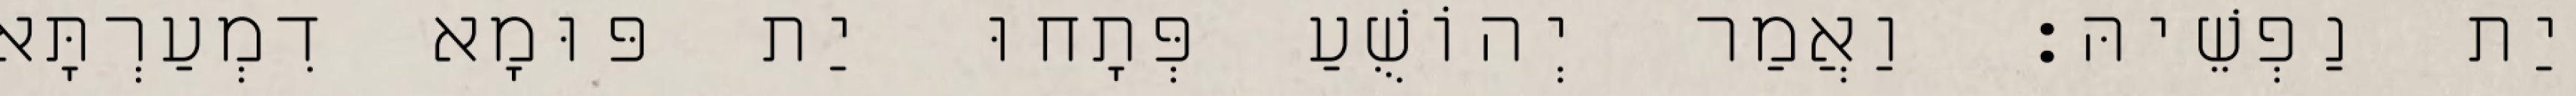
יַת נַפְשֵׁיהּ׃ וַאֲמַר יְהוֹשֻׁעַ פְּתָחוּ יַת פּוּמָא דִמְעַרְתָּא